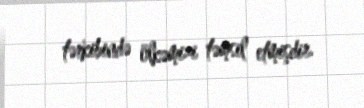
tərkibində ölkəmizi təmsil etmişdir.